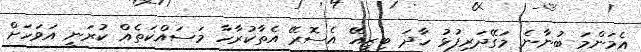
އެމަންމަ ބުނާނެ މަގޭދަރިފުޅު ހާދަ ބިޒީއޭ އެސޮރޭ އެތާކުރާހާ މަސައްކަތެއް ކުރަނީ އަވަހަށް